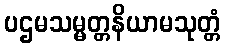
ပဌမသမ္မတ္တနိယာမသုတ္တံ